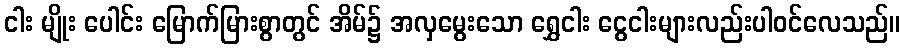
ငါး မျိုး ပေါင်း မြောက်မြားစွာတွင် အိမ်၌ အလှမွေးသော ရွှေငါး ငွေငါးများလည်းပါဝင်လေသည်။